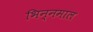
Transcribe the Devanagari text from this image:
भिन्‍नमाल